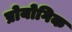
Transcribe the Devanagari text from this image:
प्रोयोगिक